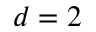
d = 2